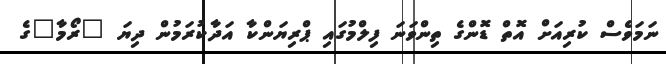
ނަމަވެސް ކުރިއަށް އޮތް ޑޮންގެ ތިންވަނަ ފިލްމުގައި ޕްރިޔަންކާ އަދާކުރަމުން ދިޔަ "ރޯމާ"ގެ